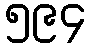
၅၉၄